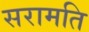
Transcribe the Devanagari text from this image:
सरामति